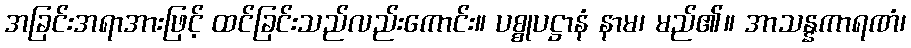
အခြင်းအရာအားဖြင့် ထင်ခြင်းသည်လည်းကောင်း။ ပစ္စုပဋ္ဌာနံ နာမ၊ မည်၏။ အာသန္နကာရဏံ၊